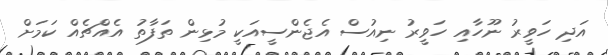
އަދި ހަވީރު ނޫހާއި ހަވީރު ނިއުސް އެޖެންސީއަކީ މުޅިން ތަފާތު އެއްޗެއް ކަމަށް